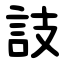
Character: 䚳